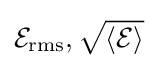
{\mathcal {E}}_{\mathrm {rms} },{\sqrt {\langle {\mathcal {E}}\rangle }}\,\!